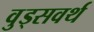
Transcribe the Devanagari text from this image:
वुड्सवर्थ